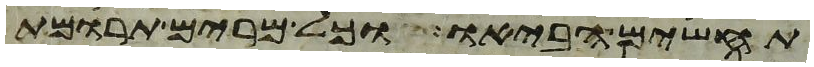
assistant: תחשים הביאו וכל מרים תרומת